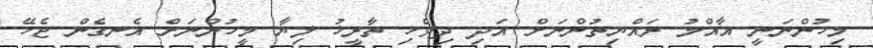
މިހުންނަނީ އާއްމު ރައްޔިތުންނަށް އަދި ދިވެހި ތާރީޚު ލިޔާ މީހުންނަށް އެނގެން ޖެހޭ